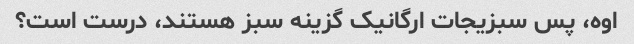
اوه، پس سبزیجات ارگانیک گزینه سبز هستند، درست است؟